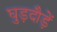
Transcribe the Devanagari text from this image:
घुड़दौड़ें